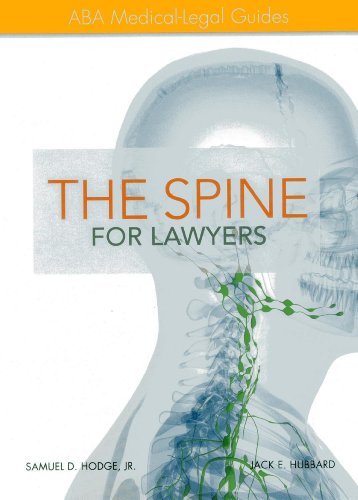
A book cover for The Spine for Lawyers: ABA Medical-Legal Guides; Samuel D., Jr. Hodge; Law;